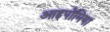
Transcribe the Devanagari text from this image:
आइपोमिया